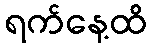
ရက်နေ့ထိ